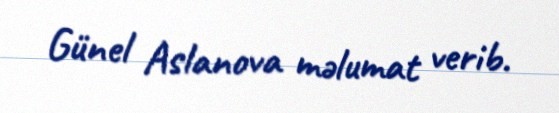
Günel Aslanova məlumat verib.